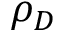
\rho _ { D }